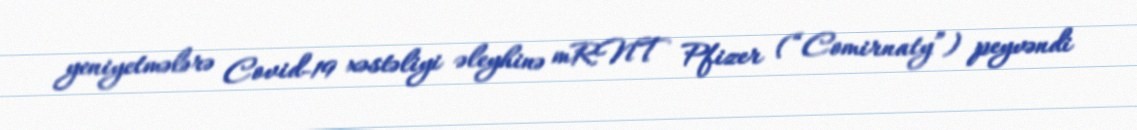
yeniyetmələrə Covid-19 xəstəliyi əleyhinə mRNT Pfizer (“Comirnaty”) peyvəndi